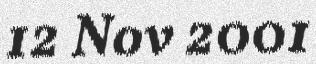
12 Nov 2001